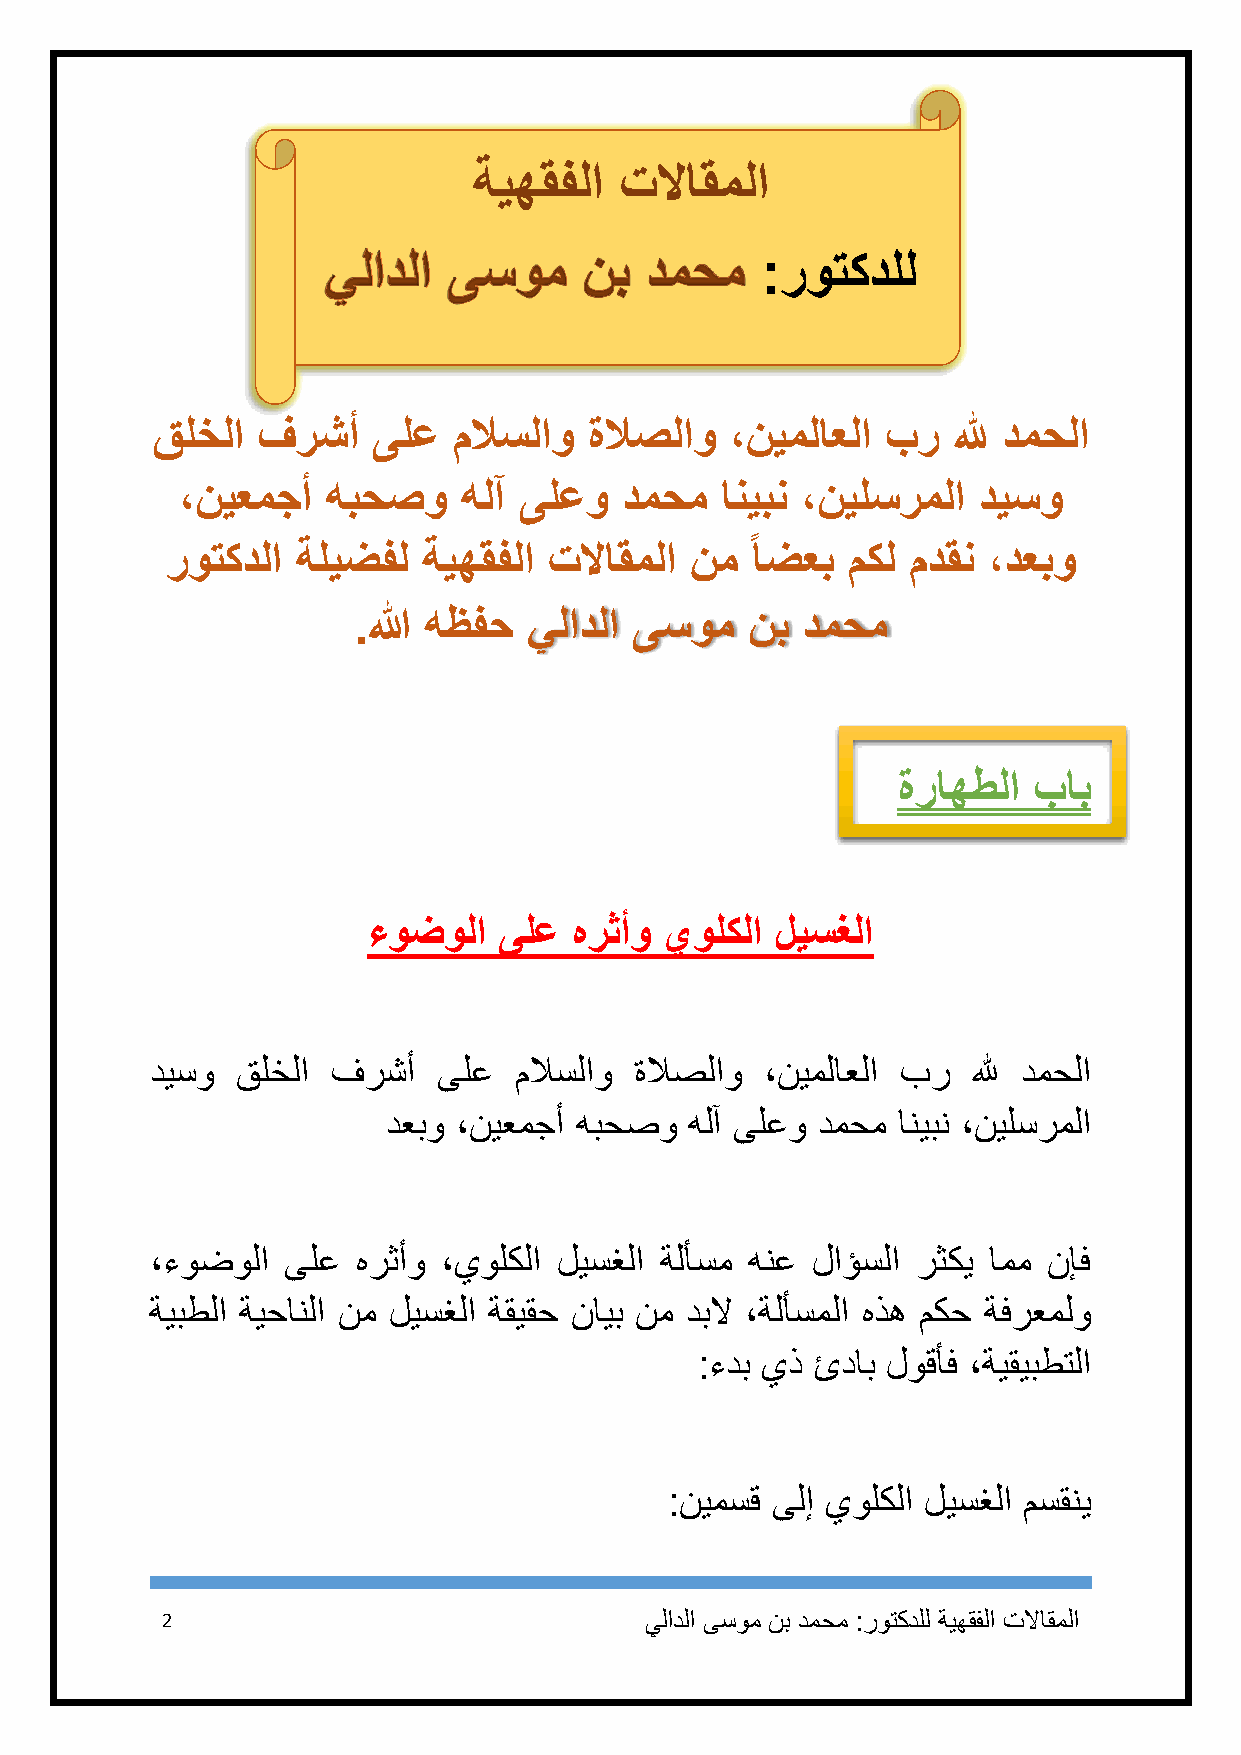
ةيهقفلا   تلااقملا
 :روتكدلل
 قلخلا  فرشأ    ىلع  ملاسلاو  ةلاصلاو  ،نيملاعلا  بر  لله دمحلا
 ،نيعمجأ   هبحصو   هلآ ىلعو   دمحم   انيبن ،نيلسرملا  ديسو
 روتكدلا  ةليضفل  ةيهقفلا تلااقملا  نم  اضعب  مكل مدقن ،دعبو
 .الله هظفح  يلادلا ىسوم   نب  دمحم
 ةراهطلا  باب
 ءوضولا   ىلع  هرثأو يولكلا ليسغلا
 ديسو  قلخلا فرشأ   ىلع  ملاسلاو ةلاصلاو  ،نيملاعلا بر لله دمحلا
 دعبو ،نيعمجأ هبحصو  هلآ ىلعو دمحم انيبن ،نيلسرملا
 ،ءوضولا  ىلع  هرثأو ،يولكلا ليسغلا ةلأسم هنع لاؤسلا رثكي امم نإف
 ةيبطلا ةيحانلا نم ليسغلا ةقيقح نايب نم دبلا ،ةلأسملا هذه مكح ةفرعملو
 :ءدب يذ ئداب لوقأف ،ةيقيبطتلا
 :نيمسق ىلإ يولكلا ليسغلا مسقني
 2                               يلادلا ىسوم نب دمحم :روتكدلل ةيهقفلا تلااقملا